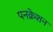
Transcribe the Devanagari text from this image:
पनक्रेशन